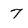
Character: 7